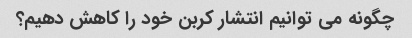
چگونه می توانیم انتشار کربن خود را کاهش دهیم؟